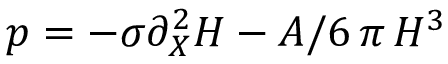
p = - \sigma \partial _ { X } ^ { 2 } H - A / 6 \, \pi \, H ^ { 3 }